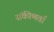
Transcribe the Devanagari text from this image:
संकीणर्ता